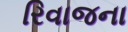
રિવાજના